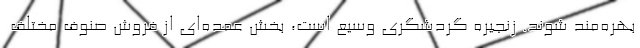
بهره‌مند شوند. زنجیره گردشگری وسیع است، بخش عمده‌ای از فروش صنوف مختلف